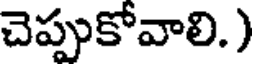
చెప్పుకోవాలి.)